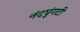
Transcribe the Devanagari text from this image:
नंदघुंगटी